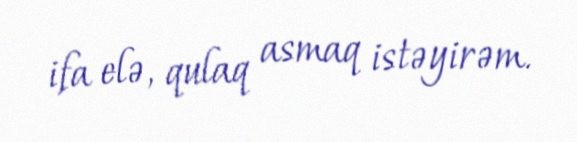
ifa elə, qulaq asmaq istəyirəm.